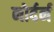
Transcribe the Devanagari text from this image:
नोर्दर्न